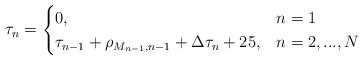
LaTeX: \begin{align*}&\tau_n =\begin{cases} 0, &n = 1\\ \tau_{n-1}+\rho_{M_{n-1},n-1}+\Delta \tau_n+ 25, &n = 2, ..., N \end{cases}\end{align*}